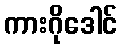
ကားဂိုဒေါင်